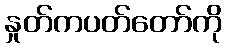
နှုတ်ကပတ်တော်ကို